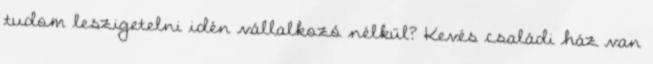
tudom leszigetelni idén vállalkozó nélkül? Kevés családi ház van